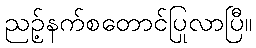
ညဉ့်နက်စတောင်ပြုလာပြီ။